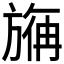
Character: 𰕮